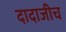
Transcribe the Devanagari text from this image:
दादाजीच